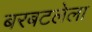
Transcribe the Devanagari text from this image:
बरबटलेला